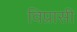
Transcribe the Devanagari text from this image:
विप्रासी